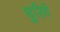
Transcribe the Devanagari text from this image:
घुरिये